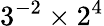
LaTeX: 3^{-2}\times 2^{4}